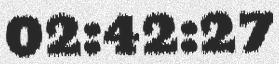
02:42:27